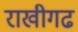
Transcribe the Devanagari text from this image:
राखीगढ